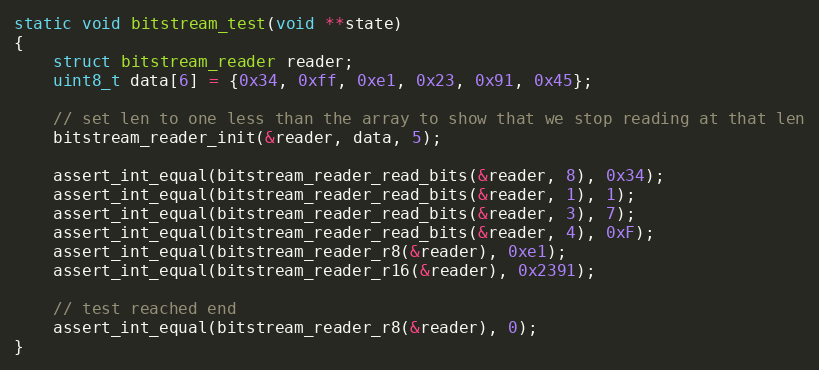
Language: C
static void bitstream_test(void **state)
{
	struct bitstream_reader reader;
	uint8_t data[6] = {0x34, 0xff, 0xe1, 0x23, 0x91, 0x45};

	// set len to one less than the array to show that we stop reading at that len
	bitstream_reader_init(&reader, data, 5);

	assert_int_equal(bitstream_reader_read_bits(&reader, 8), 0x34);
	assert_int_equal(bitstream_reader_read_bits(&reader, 1), 1);
	assert_int_equal(bitstream_reader_read_bits(&reader, 3), 7);
	assert_int_equal(bitstream_reader_read_bits(&reader, 4), 0xF);
	assert_int_equal(bitstream_reader_r8(&reader), 0xe1);
	assert_int_equal(bitstream_reader_r16(&reader), 0x2391);

	// test reached end
	assert_int_equal(bitstream_reader_r8(&reader), 0);
}